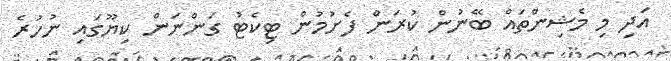
އަދި މި މެޝިންތައް ބޭނުން ކުރަން ފެށުމުން ޓިކެޓު ގަންނަން ކިޔޫގައި ނުހުރެ